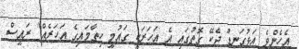
އެހެންވެ އަޅުގަނޑު ދެކޭ ގޮތުގައި އެ އަހަރަކީ ގައުމީ ހިތާމައިގެ އަހަރެއް" ރައީސް